Scottish Leaving Certificate Examination, 1954
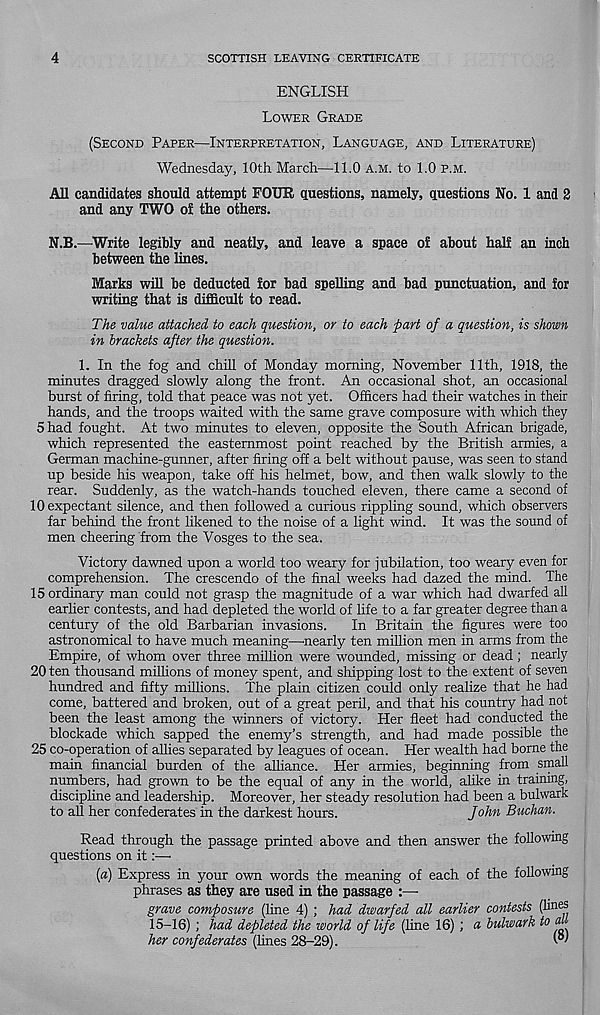
4
SCOTTISH LEAVING CERTIFICATE
ENGLISH
LOWER GRADE
(SECOND PAPER—INTERPRETATION, LANGUAGE, AND LITERATURE)
Wednesday, 10th March—11.0 A.M. to 1.0 P.M.
All candidates should attempt FOUR questions, namely, questions No. 1 and 2
and any TWO oi the others.
N.B.—Write legibly and neatly, and leave a space o£ about hah an inch
between the lines.
Marks will be deducted for bad spelling and bad punctuation, and for
writing that is difficult to read.
The value attached to each question, or to each part of a question, is shown
in brackets after the question.
1. In the fog and chill of Monday morning, November 11th, 1918, the
minutes dragged slowly along the front. An occasional shot, an occasional
burst of firing, told that peace was not yet. Officers had their watches in their
hands, and the troops waited with the same grave composure with which they
Shad fought. At two minutes to eleven, opposite the South African brigade,
which represented the easternmost point reached by the British armies, a
German machine-gunner, after firing off a belt without pause, was seen to stand
up beside his weapon, take off his helmet, bow, and then walk slowly to the
rear. Suddenly, as the watch-hands touched eleven, there came a second of
10 expectant silence, and then followed a curious rippling sound, which observers
far behind the front likened to the noise of a light wind. It was the sound of
men cheering from the Vosges to the sea.
Victory dawned upon a world too weary for jubilation, too weary even for
comprehension. The crescendo of the final weeks had dazed the mind. The
15 ordinary man could not grasp the magnitude of a war which had dwarfed all
earlier contests, and had depleted the world of life to a far greater degree than a
century of the old Barbarian invasions.
In Britain the figures were too
astronomical to have much meaning—nearly ten million men in arms from the
Empire, of whom over three million were wounded, missing or dead; nearly
20 ten thousand millions of money spent, and shipping lost to the extent of seven
hundred and fifty millions. The plain citizen could only realize that he had
come, battered and broken, out of a great peril, and that his country had not
been the least among the winners of victory. Her fleet had conducted the
blockade which sapped the enemy’s strength, and had made possible the
25 co-operation of allies separated by leagues of ocean. Her wealth had borne the
main financial burden of the alliance. Her armies, beginning from small
numbers, had grown to be the equal of any in the world, alike in training,
discipline and leadership. Moreover, her steady resolution had been a bulwark
to all her confederates in the darkest hours.
John Buchan.
Read through the passage printed above and then answer the following
questions on it:—
[a) Express in your own words the meaning of each of the following
phrases as they are used in the passage :—
grave composure (line 4) ; had dwarfed all earlier contests (lines
15-16) ; had depleted the world of life (line 16) ; a bulwark to al
her confederates (lines 28-29).